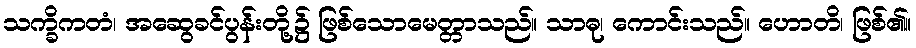
သက္ခိကတံ၊ အဆွေခင်ပွန်းတို့၌ ဖြစ်သောမေတ္တာသည်။ သာဓု၊ ကောင်းသည်။ ဟောတိ၊ ဖြစ်၏။